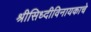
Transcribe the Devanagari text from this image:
श्रीसिध्दीविनायकाचे